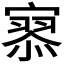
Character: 𡪹